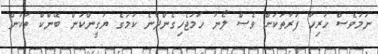
ނަމަވެސް ހުރިހާ ފަރާތަކަށް ވެސް ލޯނު ހަމަޖެހިގެންދާނެ ކަމުގެ ޔަގީންކަން ބޭންކް ތަކުން